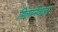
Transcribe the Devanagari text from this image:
मिलानेवाला